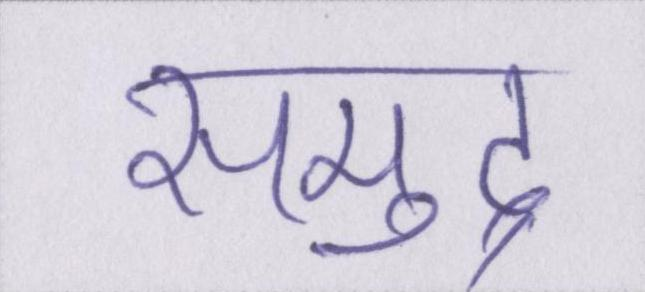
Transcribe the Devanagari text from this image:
समुद्र